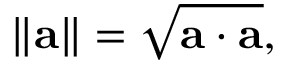
\left\| \mathbf { a } \right\| = { \sqrt { \mathbf { a } \cdot \mathbf { a } } } ,